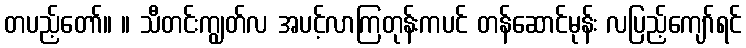
တပည့်တော်။ ။ သီတင်းကျွတ်လ အပင့်လာကြတုန်းကပင် တန်ဆောင်မုန်း လပြည့်ကျော်ရင်